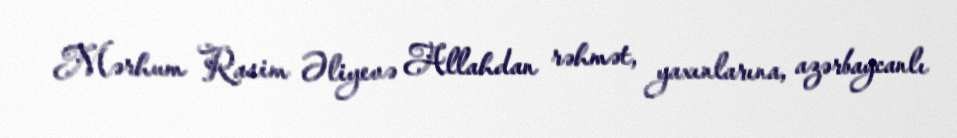
Mərhum Rasim Əliyevə Allahdan rəhmət, yaxınlarına, azərbaycanlı